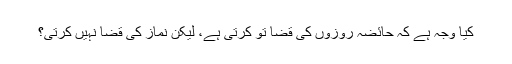
کیا وجہ ہے کہ حائضہ روزوں کی قضا تو کرتی ہے، لیکن نماز کی قضا نہیں کرتی؟